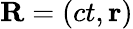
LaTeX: \mathbf{R}=\left(ct,\mathbf{r}\right)